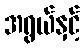
အရွယ်နှင့်